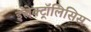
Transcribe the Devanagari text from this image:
इलेक्ट्रॉलिसिस